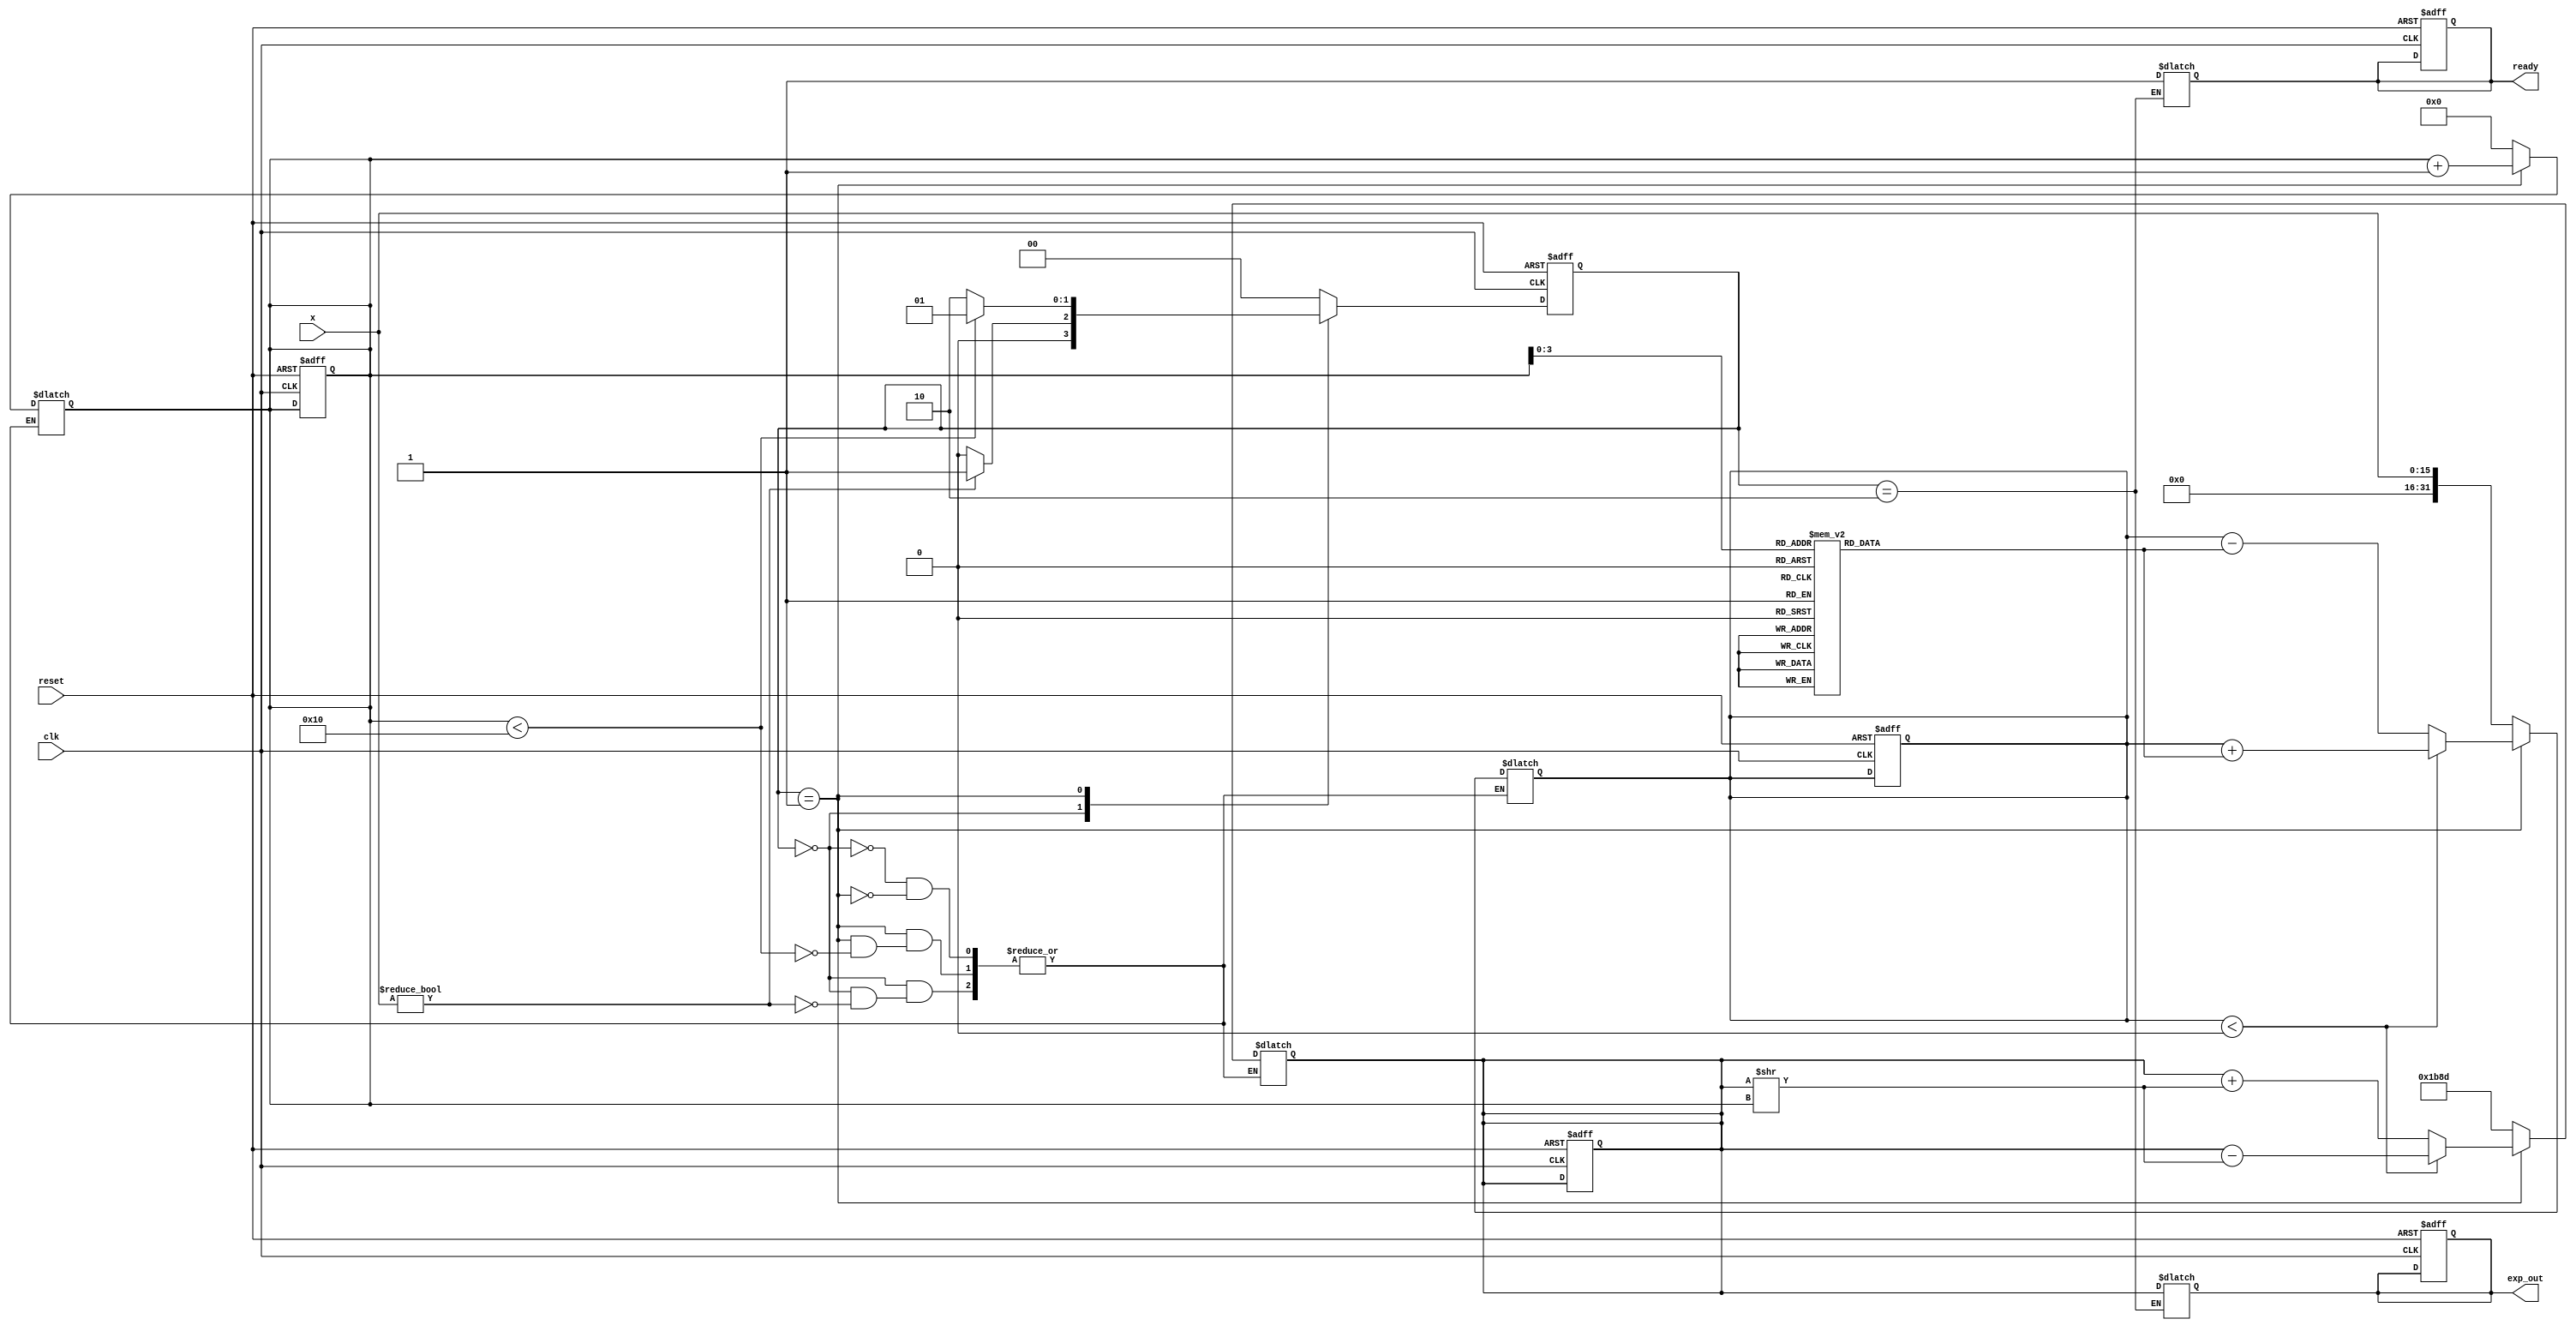
module cordic_exponential (
    input wire [15:0] x,          // Input value (fixed-point format)
    input wire clk,               // Clock signal
    input wire reset,             // Asynchronous reset
    output reg [31:0] exp_out,    // Output value for e^x
    output reg ready              // Output ready signal
);

    // Parameters
    parameter N = 16;             // Number of iterations
    parameter FIXED_POINT = 16;   // Fixed point representation
    parameter SCALE_FACTOR = 32'h1B8D; // Scaling factor (fixed-point)

    // Internal signals
    reg [15:0] angle [0:N-1];     // Lookup table for angles
    reg [31:0] z;                  // Current value of z
    reg [31:0] y;                  // Current value of y
    reg [31:0] x_temp;             // Temporary x value
    reg [4:0] i;                   // Iteration counter
    reg [1:0] state;               // State machine
    reg [1:0] next_state;          // Next state for state machine

    // State encoding
    localparam IDLE = 2'b00;
    localparam PROCESS = 2'b01;
    localparam DONE = 2'b10;

    // Initialize angle lookup table (arctanh values)
    initial begin
        angle[0] = 16'h0000; // atan(1) = 0
        angle[1] = 16'h1C71; // atan(0.5) = 0.4636
        angle[2] = 16'h2D99; // atan(0.25) = 0.2449
        angle[3] = 16'h3A2D; // atan(0.125) = 0.1244
        // Add more angles as needed for higher precision
    end

    // State machine for control logic
    always @(posedge clk or posedge reset) begin
        if (reset) begin
            state <= IDLE;
            exp_out <= 32'b0;
            ready <= 1'b0;
            i <= 0;
            z <= 32'b0;
            y <= 32'b0;
            x_temp <= 32'b0;
        end else begin
            state <= next_state;
        end
    end

    // Next state logic
    always @(*) begin
        case (state)
            IDLE: begin
                if (x != 0) begin
                    next_state = PROCESS;
                    x_temp = {16'b0, x}; // Extend x to 32 bits
                    y = SCALE_FACTOR; // Initialize y with scaling factor
                    z = x_temp; // Initialize z with input x
                    i = 0; // Reset iteration counter
                end else begin
                    next_state = IDLE;
                end
            end
            PROCESS: begin
                if (i < N) begin
                    // CORDIC iteration
                    if (z < 0) begin
                        z = z + angle[i]; // Adjust z
                        y = y - (y >> i); // Update y
                    end else begin
                        z = z - angle[i]; // Adjust z
                        y = y + (y >> i); // Update y
                    end
                    i = i + 1; // Increment iteration counter
                    next_state = PROCESS;
                end else begin
                    next_state = DONE; // Move to done state
                end
            end
            DONE: begin
                exp_out = y; // Final output
                ready = 1'b1; // Indicate output is ready
                next_state = IDLE; // Return to idle
            end
            default: next_state = IDLE; // Default state
        endcase
    end

endmodule